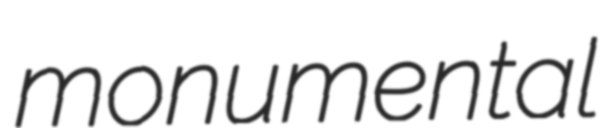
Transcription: monumental